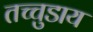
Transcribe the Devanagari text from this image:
तच्चुडाय